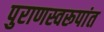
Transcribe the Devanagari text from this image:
पुराणस्वरूपांत